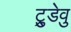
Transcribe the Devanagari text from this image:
ट्रुडेवु